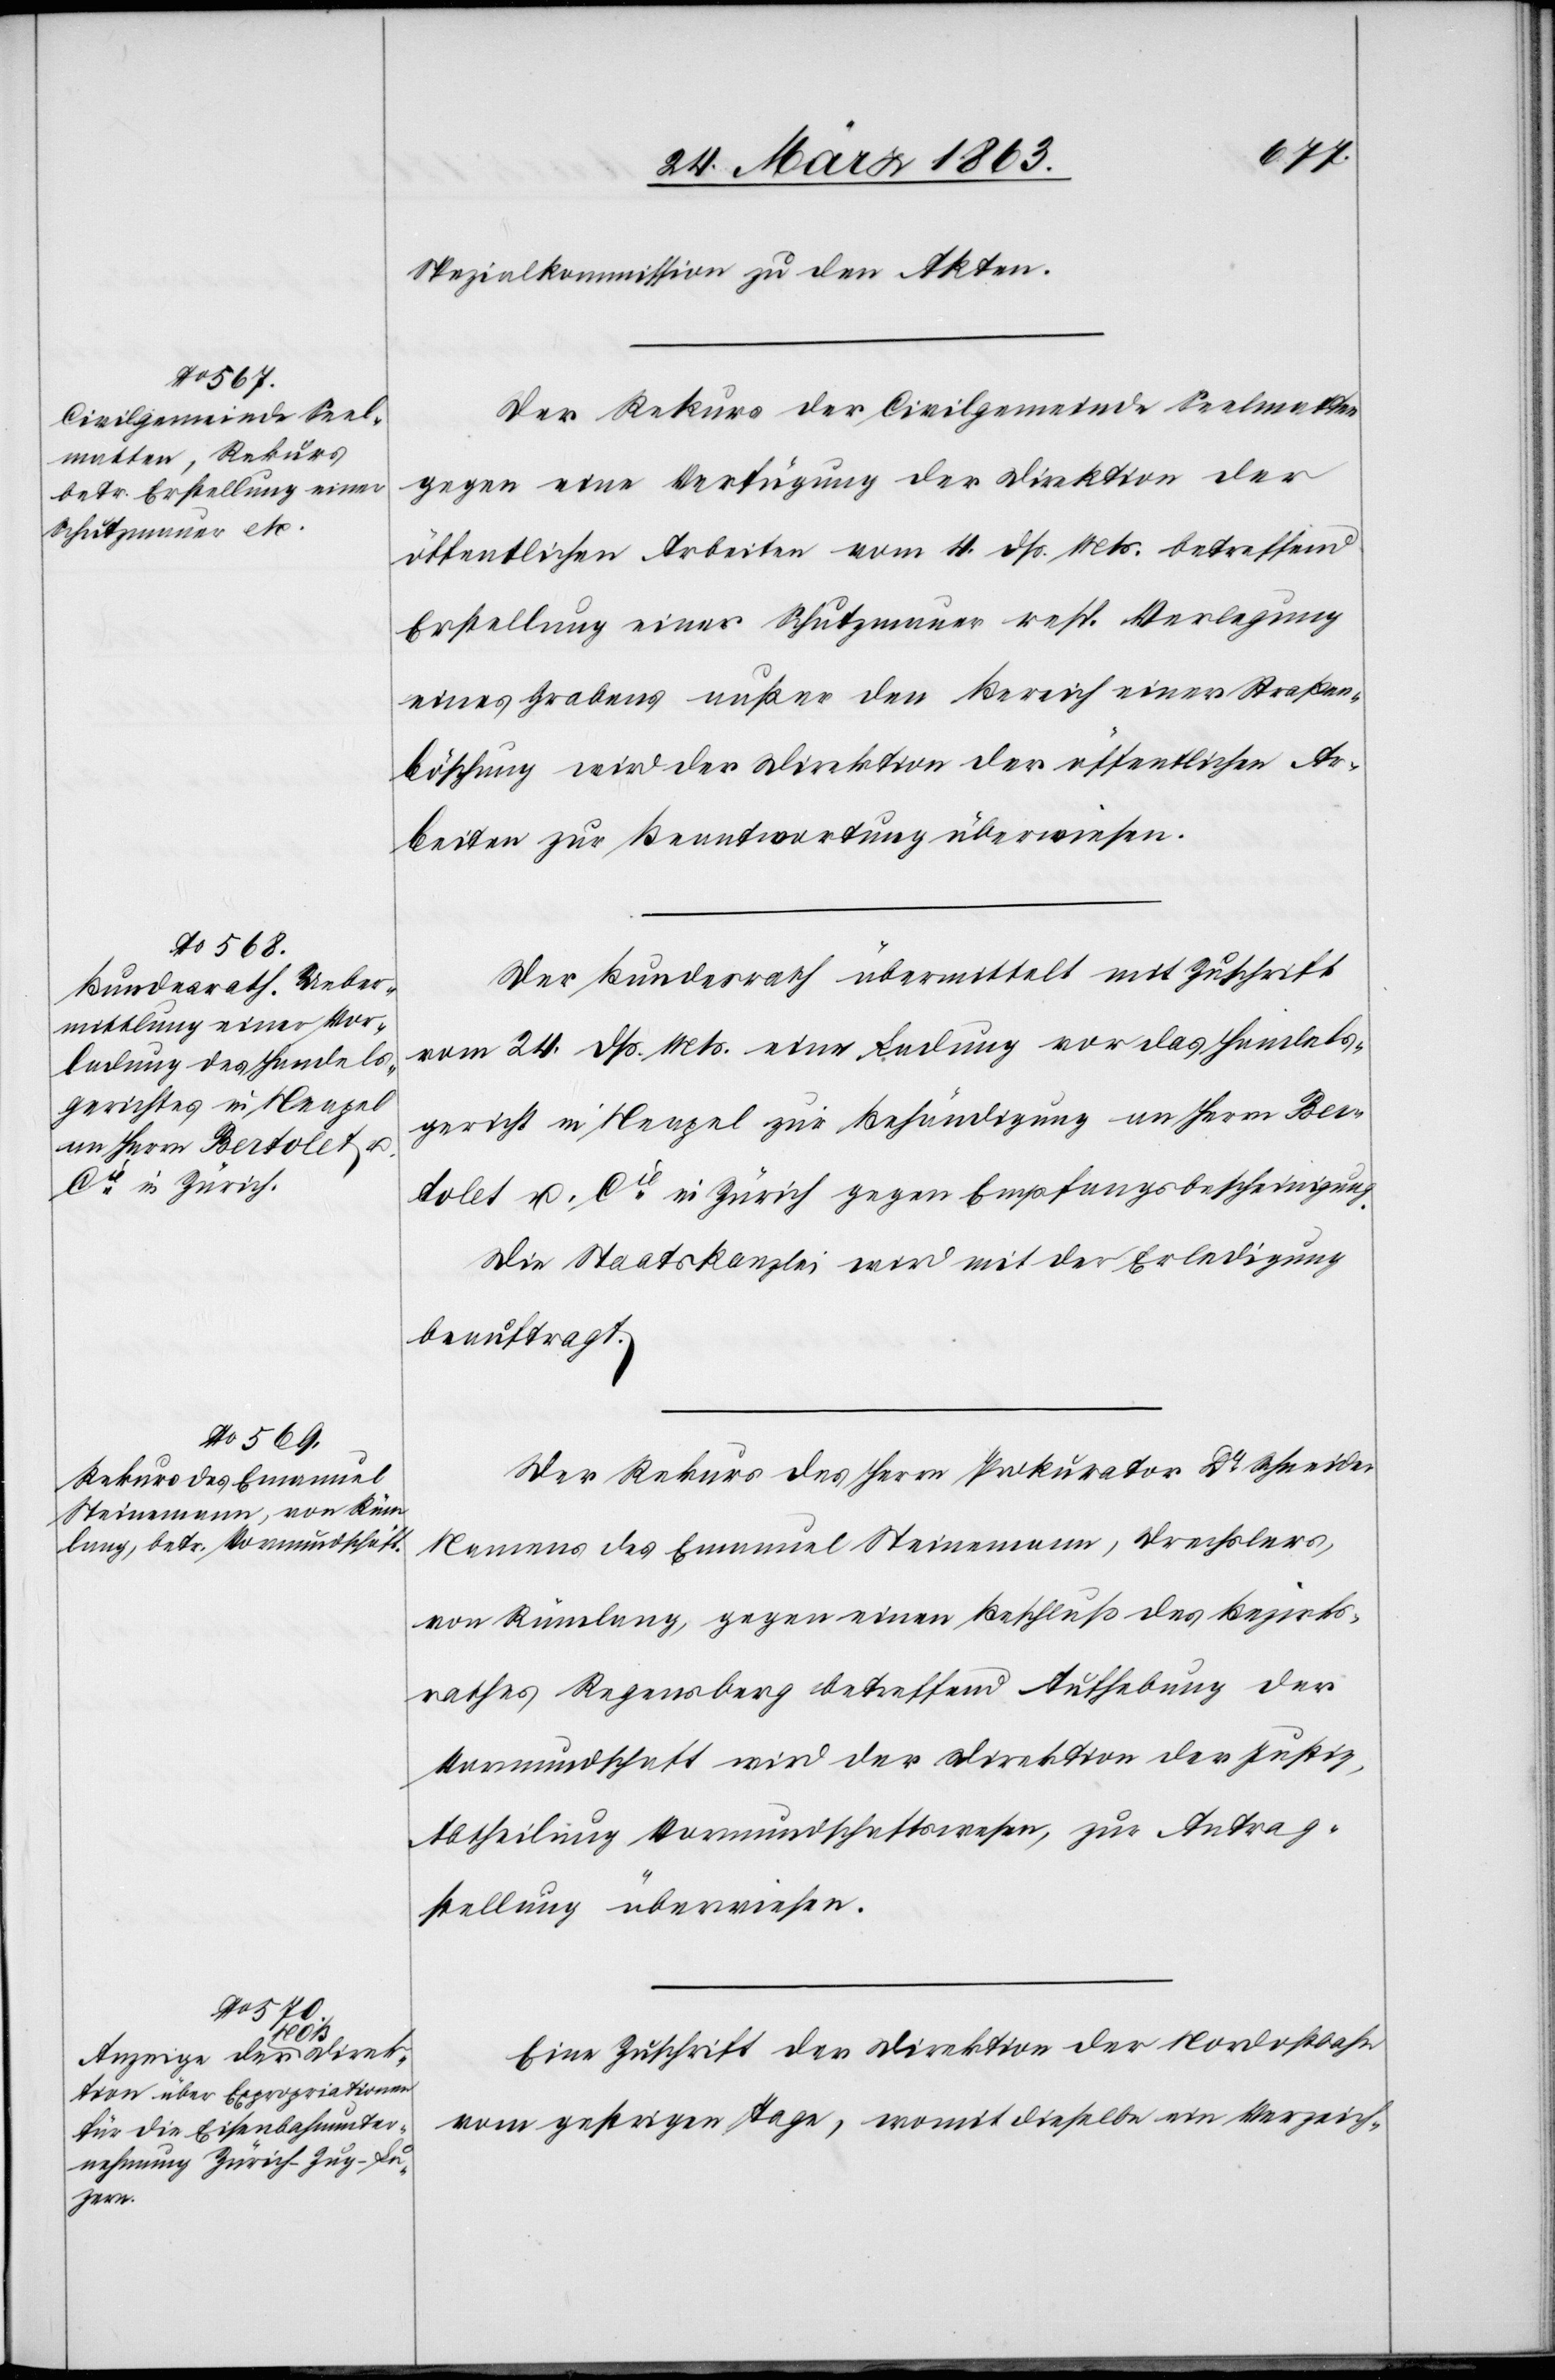
25. März 1863.]
Spezialkommission zu den Akten.
Der Rekus der Civilgemeinde Seelmatten
gegen eine Verfügung der Direktion der
öffentlichen Arbeiten vom 4. dß. Mts. betreffend
Erstellung einer Schutzmauer resp. Verlegung
eines Grabens außer den Bereich einer Straßen¬
böschung wird der Direktion der öffentlichen Ar¬
beiten zur Beantwortung überwiesen.
Der Bundesrath übermittelt mit Zuschrift
vom 24. dß. Mts. eine Ladung vor das Handels¬
gericht in Neapel zur Behändigung an Herrn Ber¬
tolet u. Cie in Zürich gegen Empfangsbescheinigung.
Die Staatskanzlei wird mit der Erledigung
beauftragt.
Der Rekurs des Herrn Prokurator Dr Schneider
Namens des Emanuel Steinemann, Drechslers,
von Rümlang, gegen einen Beschluß des Bezirks¬
rathes Regensberg betreffend Aufhebung der
Vormundschaft wird der Direktion der Justiz,
Abtheilung Vormundschaftswesen, zur Antrag¬
stellung überwiesen.
Eine Zuschrift der Direktion der Nordostbahn
vom gestrigen Tage, womit dieselbe ein Verzeich-